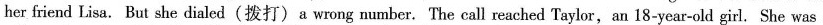
her friend Lisa. But she dialed(拨打)a wrong number. The call reached Taylor, an 18-year-old girl. She was a